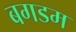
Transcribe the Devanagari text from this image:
बगडम